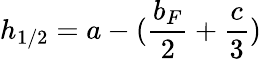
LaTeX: h_{1/2}=a-(\frac{b_{F}}{2}+\frac{c}{3})